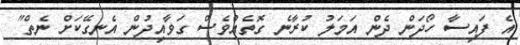
އެ ފައިސާ ހޯދަން ދެން އަމަލު ކުރާނެ ގޮތެއްވެސް ގަވާއިދުން އެނގޭކަށް ނެތް"